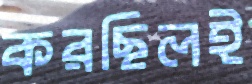
করছিলই